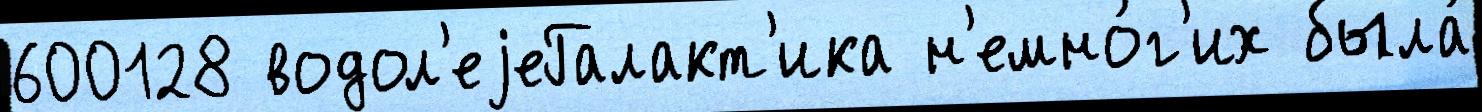
600128 водол'еjеГалакт'ика н'емно́г'их была́